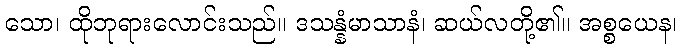
သော၊ ထိုဘုရားလောင်းသည်။ ဒသန္နံမာသာနံ၊ ဆယ်လတို့၏။ အစ္စယေန၊